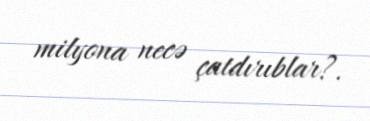
milyona necə çatdırıblar?.